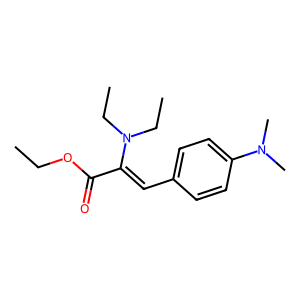
SMILES: CCOC(=O)C(=Cc1ccc(N(C)C)cc1)N(CC)CC
Inhibits HIV replication: No